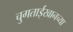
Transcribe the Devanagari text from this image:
चुगताईखानच्या